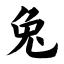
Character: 兔